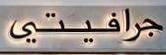
جرافيتيى